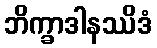
ဘိက္ခာဒါနဿိဒံ